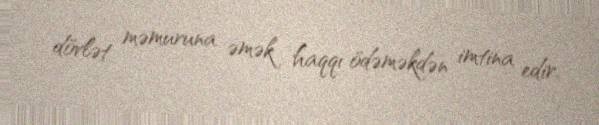
dövlət məmuruna əmək haqqı ödəməkdən imtina edir.